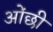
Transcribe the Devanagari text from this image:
ओंछी